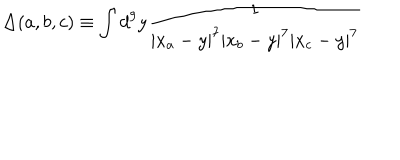
\Delta ( a , b , c ) \equiv \int d ^ { 9 } y { \frac { 1 } { | x _ { a } - y | ^ { 7 } | x _ { b } - y | ^ { 7 } | x _ { c } - y | ^ { 7 } } }